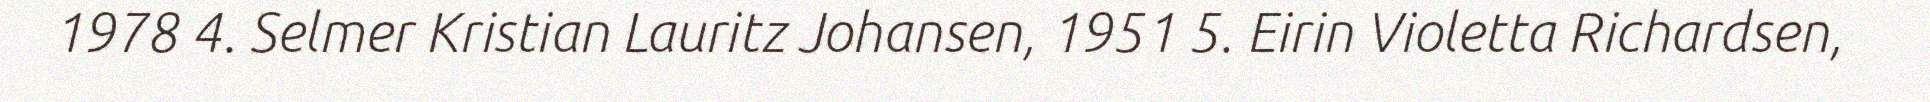
1978 4. Selmer Kristian Lauritz Johansen, 1951 5. Eirin Violetta Richardsen,